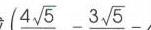
\(4\sqrt{5}-3\sqrt{5}\)